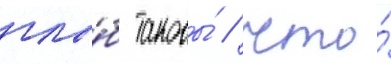
глы́б таковы́ / что́